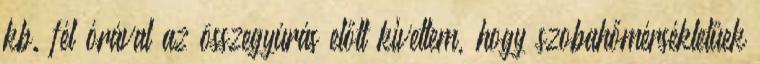
kb. fél órával az összegyúrás előtt kivettem, hogy szobahőmérsékletűek